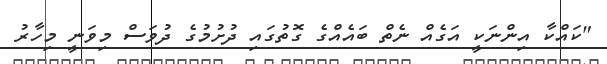
"ކައްކާ އިންނަކީ އަގެއް ނެތް ބައެއްގެ ގޮތުގައި ދުށުމުގެ ދުވަސް މިވަނީ މިހާރު